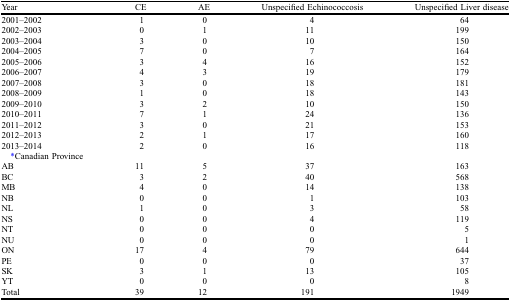
<table><thead><tr><td><b>Year</b></td><td><b>CE</b></td><td><b>AE</b></td><td><b>Unspecified Echinococcosis</b></td><td><b>Unspecified Liver disease</b></td></tr></thead><tbody><tr><td>2001–2002</td><td>1</td><td>0</td><td>4</td><td>64</td></tr><tr><td>2002–2003</td><td>0</td><td>1</td><td>11</td><td>199</td></tr><tr><td>2003–2004</td><td>3</td><td>0</td><td>10</td><td>150</td></tr><tr><td>2004–2005</td><td>7</td><td>0</td><td>7</td><td>164</td></tr><tr><td>2005–2006</td><td>3</td><td>4</td><td>16</td><td>152</td></tr><tr><td>2006–2007</td><td>4</td><td>3</td><td>19</td><td>179</td></tr><tr><td>2007–2008</td><td>3</td><td>0</td><td>18</td><td>181</td></tr><tr><td>2008–2009</td><td>1</td><td>0</td><td>18</td><td>143</td></tr><tr><td>2009–2010</td><td>3</td><td>2</td><td>10</td><td>150</td></tr><tr><td>2010–2011</td><td>7</td><td>1</td><td>24</td><td>136</td></tr><tr><td>2011–2012</td><td>3</td><td>0</td><td>21</td><td>153</td></tr><tr><td>2012–2013</td><td>2</td><td>1</td><td>17</td><td>160</td></tr><tr><td>2013–2014</td><td>2</td><td>0</td><td>16</td><td>118</td></tr><tr><td> *Canadian Province</td><td></td><td></td><td></td><td></td></tr><tr><td>AB</td><td>11</td><td>5</td><td>37</td><td>163</td></tr><tr><td>BC</td><td>3</td><td>2</td><td>40</td><td>568</td></tr><tr><td>MB</td><td>4</td><td>0</td><td>14</td><td>138</td></tr><tr><td>NB</td><td>0</td><td>0</td><td>1</td><td>103</td></tr><tr><td>NL</td><td>1</td><td>0</td><td>3</td><td>58</td></tr><tr><td>NS</td><td>0</td><td>0</td><td>4</td><td>119</td></tr><tr><td>NT</td><td>0</td><td>0</td><td>0</td><td>5</td></tr><tr><td>NU</td><td>0</td><td>0</td><td>0</td><td>1</td></tr><tr><td>ON</td><td>17</td><td>4</td><td>79</td><td>644</td></tr><tr><td>PE</td><td>0</td><td>0</td><td>0</td><td>37</td></tr><tr><td>SK</td><td>3</td><td>1</td><td>13</td><td>105</td></tr><tr><td>YT</td><td>0</td><td>0</td><td>0</td><td>8</td></tr><tr><td>Total</td><td>39</td><td>12</td><td>191</td><td>1949</td></tr></tbody></table>